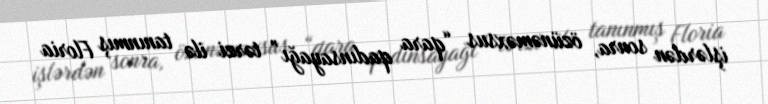
işlərdən sonra, özünəməxsus “qara qadınsayağı” tərzi ilə tanınmış Floria